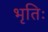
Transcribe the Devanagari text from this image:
भृतिः